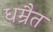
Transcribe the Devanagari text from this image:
धम्रैत